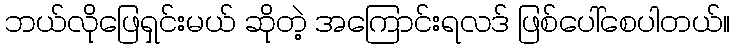
ဘယ်လိုဖြေရှင်းမယ် ဆိုတဲ့ အကြောင်းရလဒ် ဖြစ်ပေါ်စေပါတယ်။